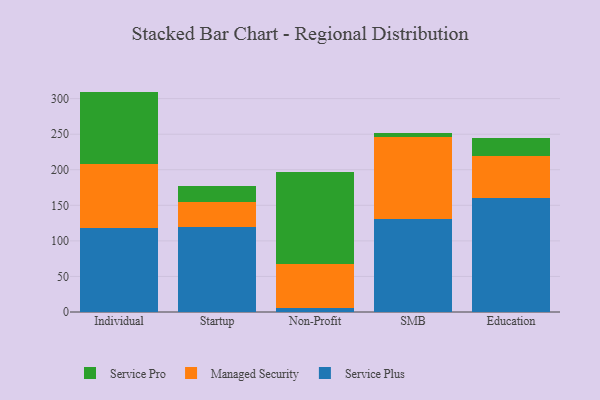
{"axis": {"x": "Segment", "y": "Tickets Resolved"}, "legend": ["Managed Security", "Service Plus", "Service Pro"], "data": [{"x": "Individual", "y": 118.3, "type": "Service Plus"}, {"x": "Individual", "y": 89.2, "type": "Managed Security"}, {"x": "Individual", "y": 102.4, "type": "Service Pro"}, {"x": "Startup", "y": 119.2, "type": "Service Plus"}, {"x": "Startup", "y": 35.8, "type": "Managed Security"}, {"x": "Startup", "y": 22.8, "type": "Service Pro"}, {"x": "Non-Profit", "y": 5.7, "type": "Service Plus"}, {"x": "Non-Profit", "y": 61.6, "type": "Managed Security"}, {"x": "Non-Profit", "y": 129.4, "type": "Service Pro"}, {"x": "SMB", "y": 131.2, "type": "Service Plus"}, {"x": "SMB", "y": 114.5, "type": "Managed Security"}, {"x": "SMB", "y": 6.6, "type": "Service Pro"}, {"x": "Education", "y": 160.3, "type": "Service Plus"}, {"x": "Education", "y": 58.5, "type": "Managed Security"}, {"x": "Education", "y": 25.6, "type": "Service Pro"}]}